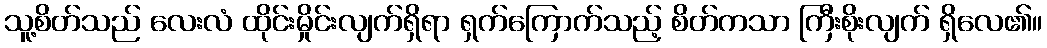
သူ့စိတ်သည် လေးလံ ထိုင်းမှိုင်းလျက်ရှိရာ ရှက်ကြောက်သည့် စိတ်ကသာ ကြီးစိုးလျက် ရှိလေ၏။